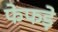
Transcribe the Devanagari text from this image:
फेफडे़